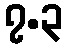
၇.၃